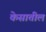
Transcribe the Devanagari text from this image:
केसातील